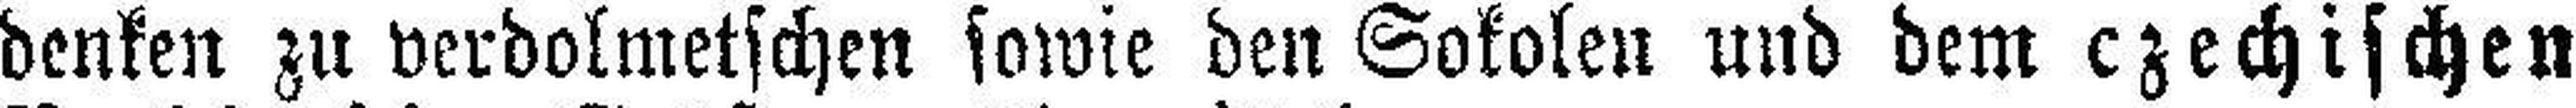
denken zu verdolmetschen sowie den Sokolen und dem czechischen